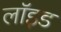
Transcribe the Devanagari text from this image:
लाॅइड